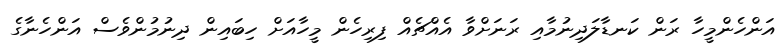
އަންހެންމީހާ ރަން ކަނޑާލަދިނުމާއި ރަނަށްވާ އެއްޗެއް ފިރިހެން މީހާއަށް ހިބައިން ދިނުމުންވެސް އަންހެނާގެ